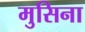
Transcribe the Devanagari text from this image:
मुसिना